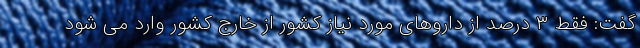
گفت: فقط ۳ درصد از داروهای مورد نیاز کشور از خارج کشور وارد می شود